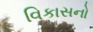
વિકાસનો